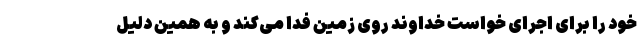
خود را برای اجرای خواست خداوند روی زمین فدا می‌کند و به همین دلیل